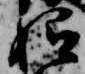
始